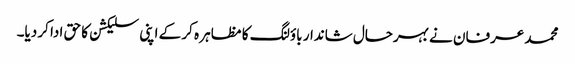
محمد عرفان نے بہرحال شاندار باؤلنگ کا مظاہر ہ کر کے اپنی سلیکشن کا حق ادا کر دیا۔